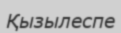
Қызылеспе